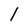
Character: l